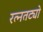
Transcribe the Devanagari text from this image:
रत्नतट्यो